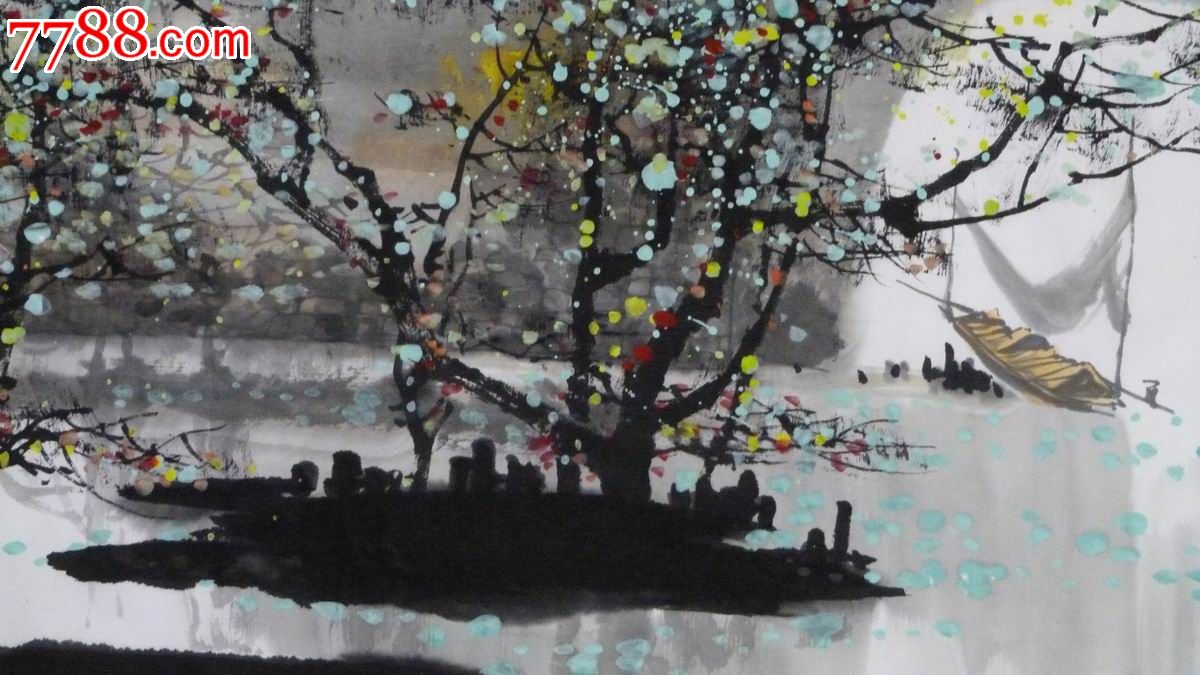
借得山东烟水寨，来买凤城春色。